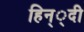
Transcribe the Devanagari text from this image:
हिन््दी